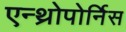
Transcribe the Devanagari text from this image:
एन्थ्रोपोर्निस